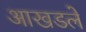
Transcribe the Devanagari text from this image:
आखडले